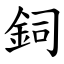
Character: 鉰